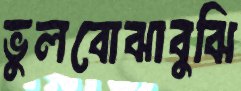
ভুলবোঝাবুঝি